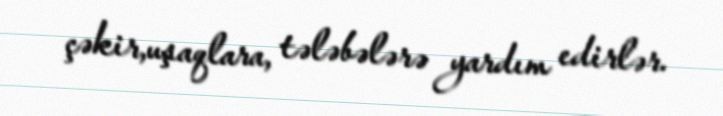
çəkir,uşaqlara, tələbələrə yardım edirlər.